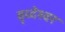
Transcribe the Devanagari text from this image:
वृध्देश्वर